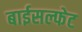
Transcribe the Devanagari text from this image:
बाईसल्फेट